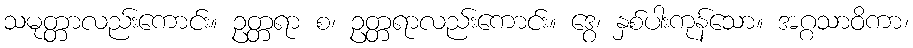
သမုတ္တာလည်းကောင်း။ ဥတ္တရာ စ၊ ဥတ္တရာလည်းကောင်း။ ဒွေ၊ နှစ်ပါးကုန်သော။ အဂ္ဂသာဝိကာ၊